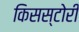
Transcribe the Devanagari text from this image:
किसस्टोरी